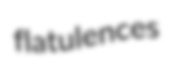
flatulences